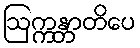
ဩက္ကန္တာတိပေ